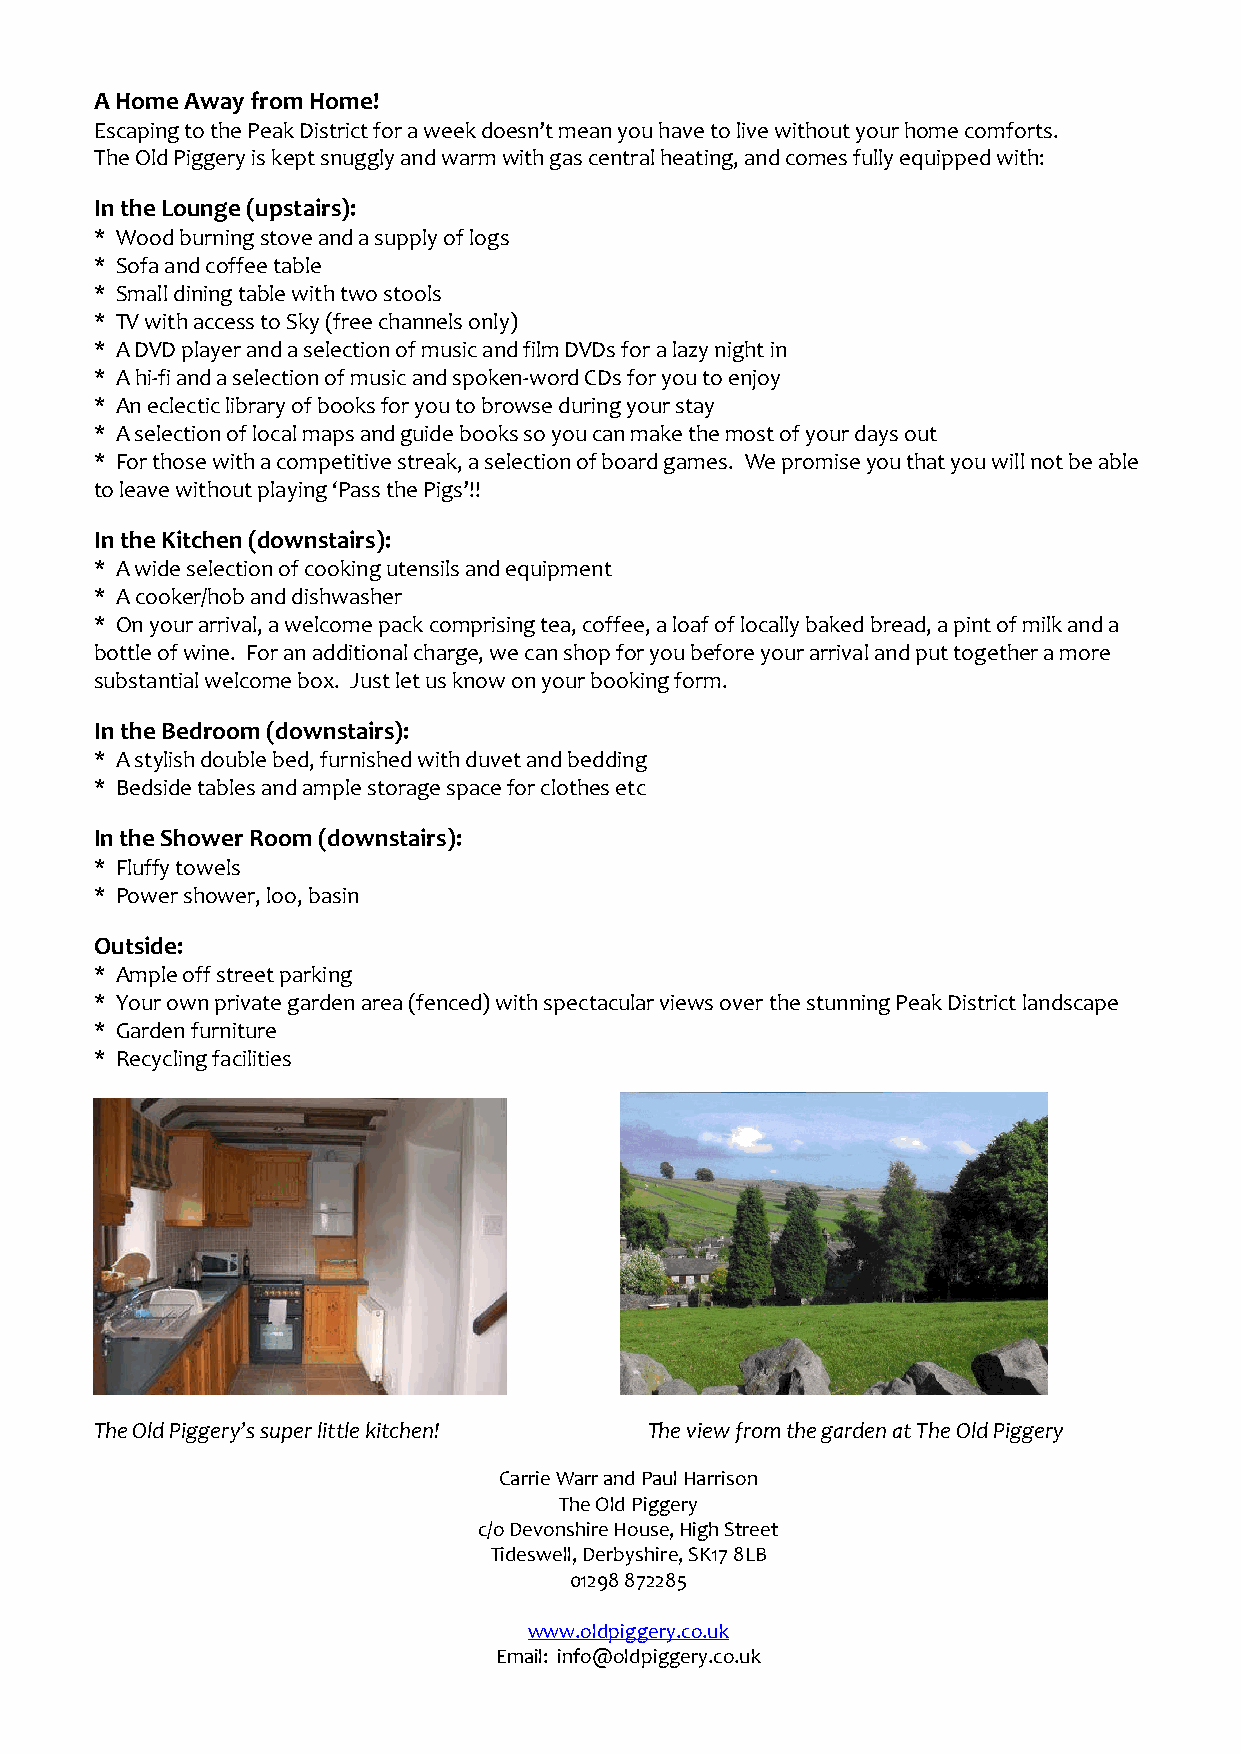
A Home Away from Home!
 Escaping to the Peak District for a week doesn’t mean you have to live without your home comforts.
 The Old Piggery is kept snuggly and warm with gas central heating, and comes fully equipped with:
 In the Lounge (upstairs):
 * Wood burning stove and a supply of logs
 * Sofa and coffee table
 * Small dining table with two stools
 * TV with access to Sky (free channels only)
 * A DVD player and a selection of music and film DVDs for a lazy night in
 * A hi-fi and a selection of music and spoken-word CDs for you to enjoy
 * An eclectic library of books for you to browse during your stay
 * A selection of local maps and guide books so you can make the most of your days out
 * For those with a competitive streak, a selection of board games. We promise you that you will not be able
 to leave without playing ‘Pass the Pigs’!!
 In the Kitchen (downstairs):
 * A wide selection of cooking utensils and equipment
 * A cooker/hob and dishwasher
 * On your arrival, a welcome pack comprising tea, coffee, a loaf of locally baked bread, a pint of milk and a
 bottle of wine. For an additional charge, we can shop for you before your arrival and put together a more
 substantial welcome box. Just let us know on your booking form.
 In the Bedroom (downstairs):
 * A stylish double bed, furnished with duvet and bedding
 * Bedside tables and ample storage space for clothes etc
 In the Shower Room (downstairs):
 * Fluffy towels
 * Power shower, loo, basin
 Outside:
 * Ample off street parking
 * Your own private garden area (fenced) with spectacular views over the stunning Peak District landscape
 * Garden furniture
 * Recycling facilities
 The Old Piggery’s super little kitchen! The view from the garden at The Old Piggery
 Carrie Warr and Paul Harrison
 The Old Piggery
 c/o Devonshire House, High Street
 Tideswell, Derbyshire, SK17 8LB
 01298 872285
 www.oldpiggery.co.uk
 Email: info@oldpiggery.co.uk